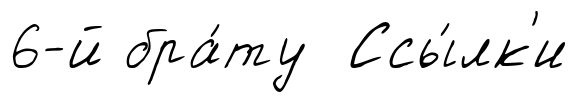
6-й бра́ту Ссы́лк'и